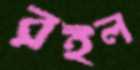
রইল